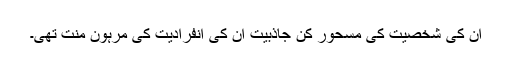
ان کی شخصیت کی مسحور کن جاذبیت ان کی انفرادیت کی مرہون منت تھی۔